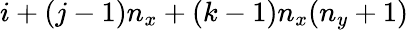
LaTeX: i+(j-1)n_{x}+(k-1)n_{x}(n_{y}+1)